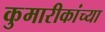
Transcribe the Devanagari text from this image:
कुमारीकांच्या